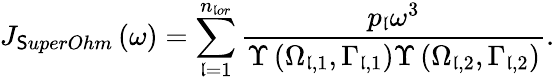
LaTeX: {{J}_{\mathsf{S}uperOhm}}\left(\omega\right)=\sum_{\mathfrak{l}=1}^{{{n}_{\mathfrak{l}or}}}{\frac{{{{p}_{\mathfrak{l}}}{{\omega}^{3}}}}{{\Upsilon\left({{\Omega}_{\mathfrak{l},1}},{{\Gamma}_{\mathfrak{l},1}}\right)\Upsilon\left({{\Omega}_{\mathfrak{l},2}},{{\Gamma}_{\mathfrak{l},2}}\right)}}}.